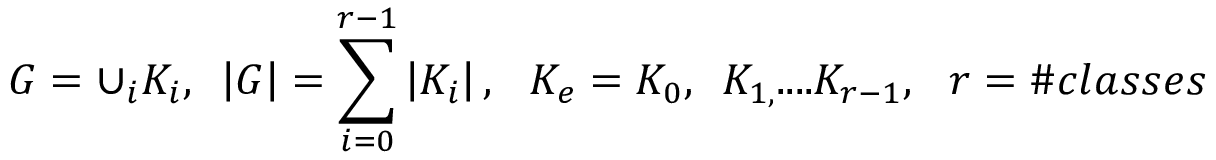
G = \cup _ { i } K _ { i } , \, \, \, \left| G \right| = \sum _ { i = 0 } ^ { r - 1 } \left| K _ { i } \right| , \, \, \, \, K _ { e } = K _ { 0 } , \, \, \, K _ { 1 , } . . . . K _ { r - 1 } , \, \, \, \, r = \# c l a s s e s